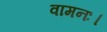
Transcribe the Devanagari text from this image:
वामनः।